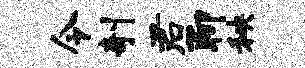
令剞君聊秧